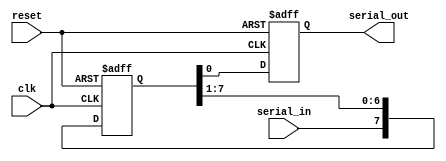
module SISO_shift_register (
    input wire clk, // Clock input
    input wire reset, // Reset input
    input wire serial_in, // Serial input
    output reg serial_out // Serial output
);

reg [7:0] shift_reg; // 8-bit shift register

always @ (posedge clk or posedge reset) begin
    if (reset) begin
        shift_reg <= 8'h00; // Reset shift register to all zeros
        serial_out <= 1'b0; // Reset serial output
    end else begin
        shift_reg <= {serial_in, shift_reg[7:1]}; // Shift data into register
        serial_out <= shift_reg[0]; // Output serial data
    end
end

endmodule